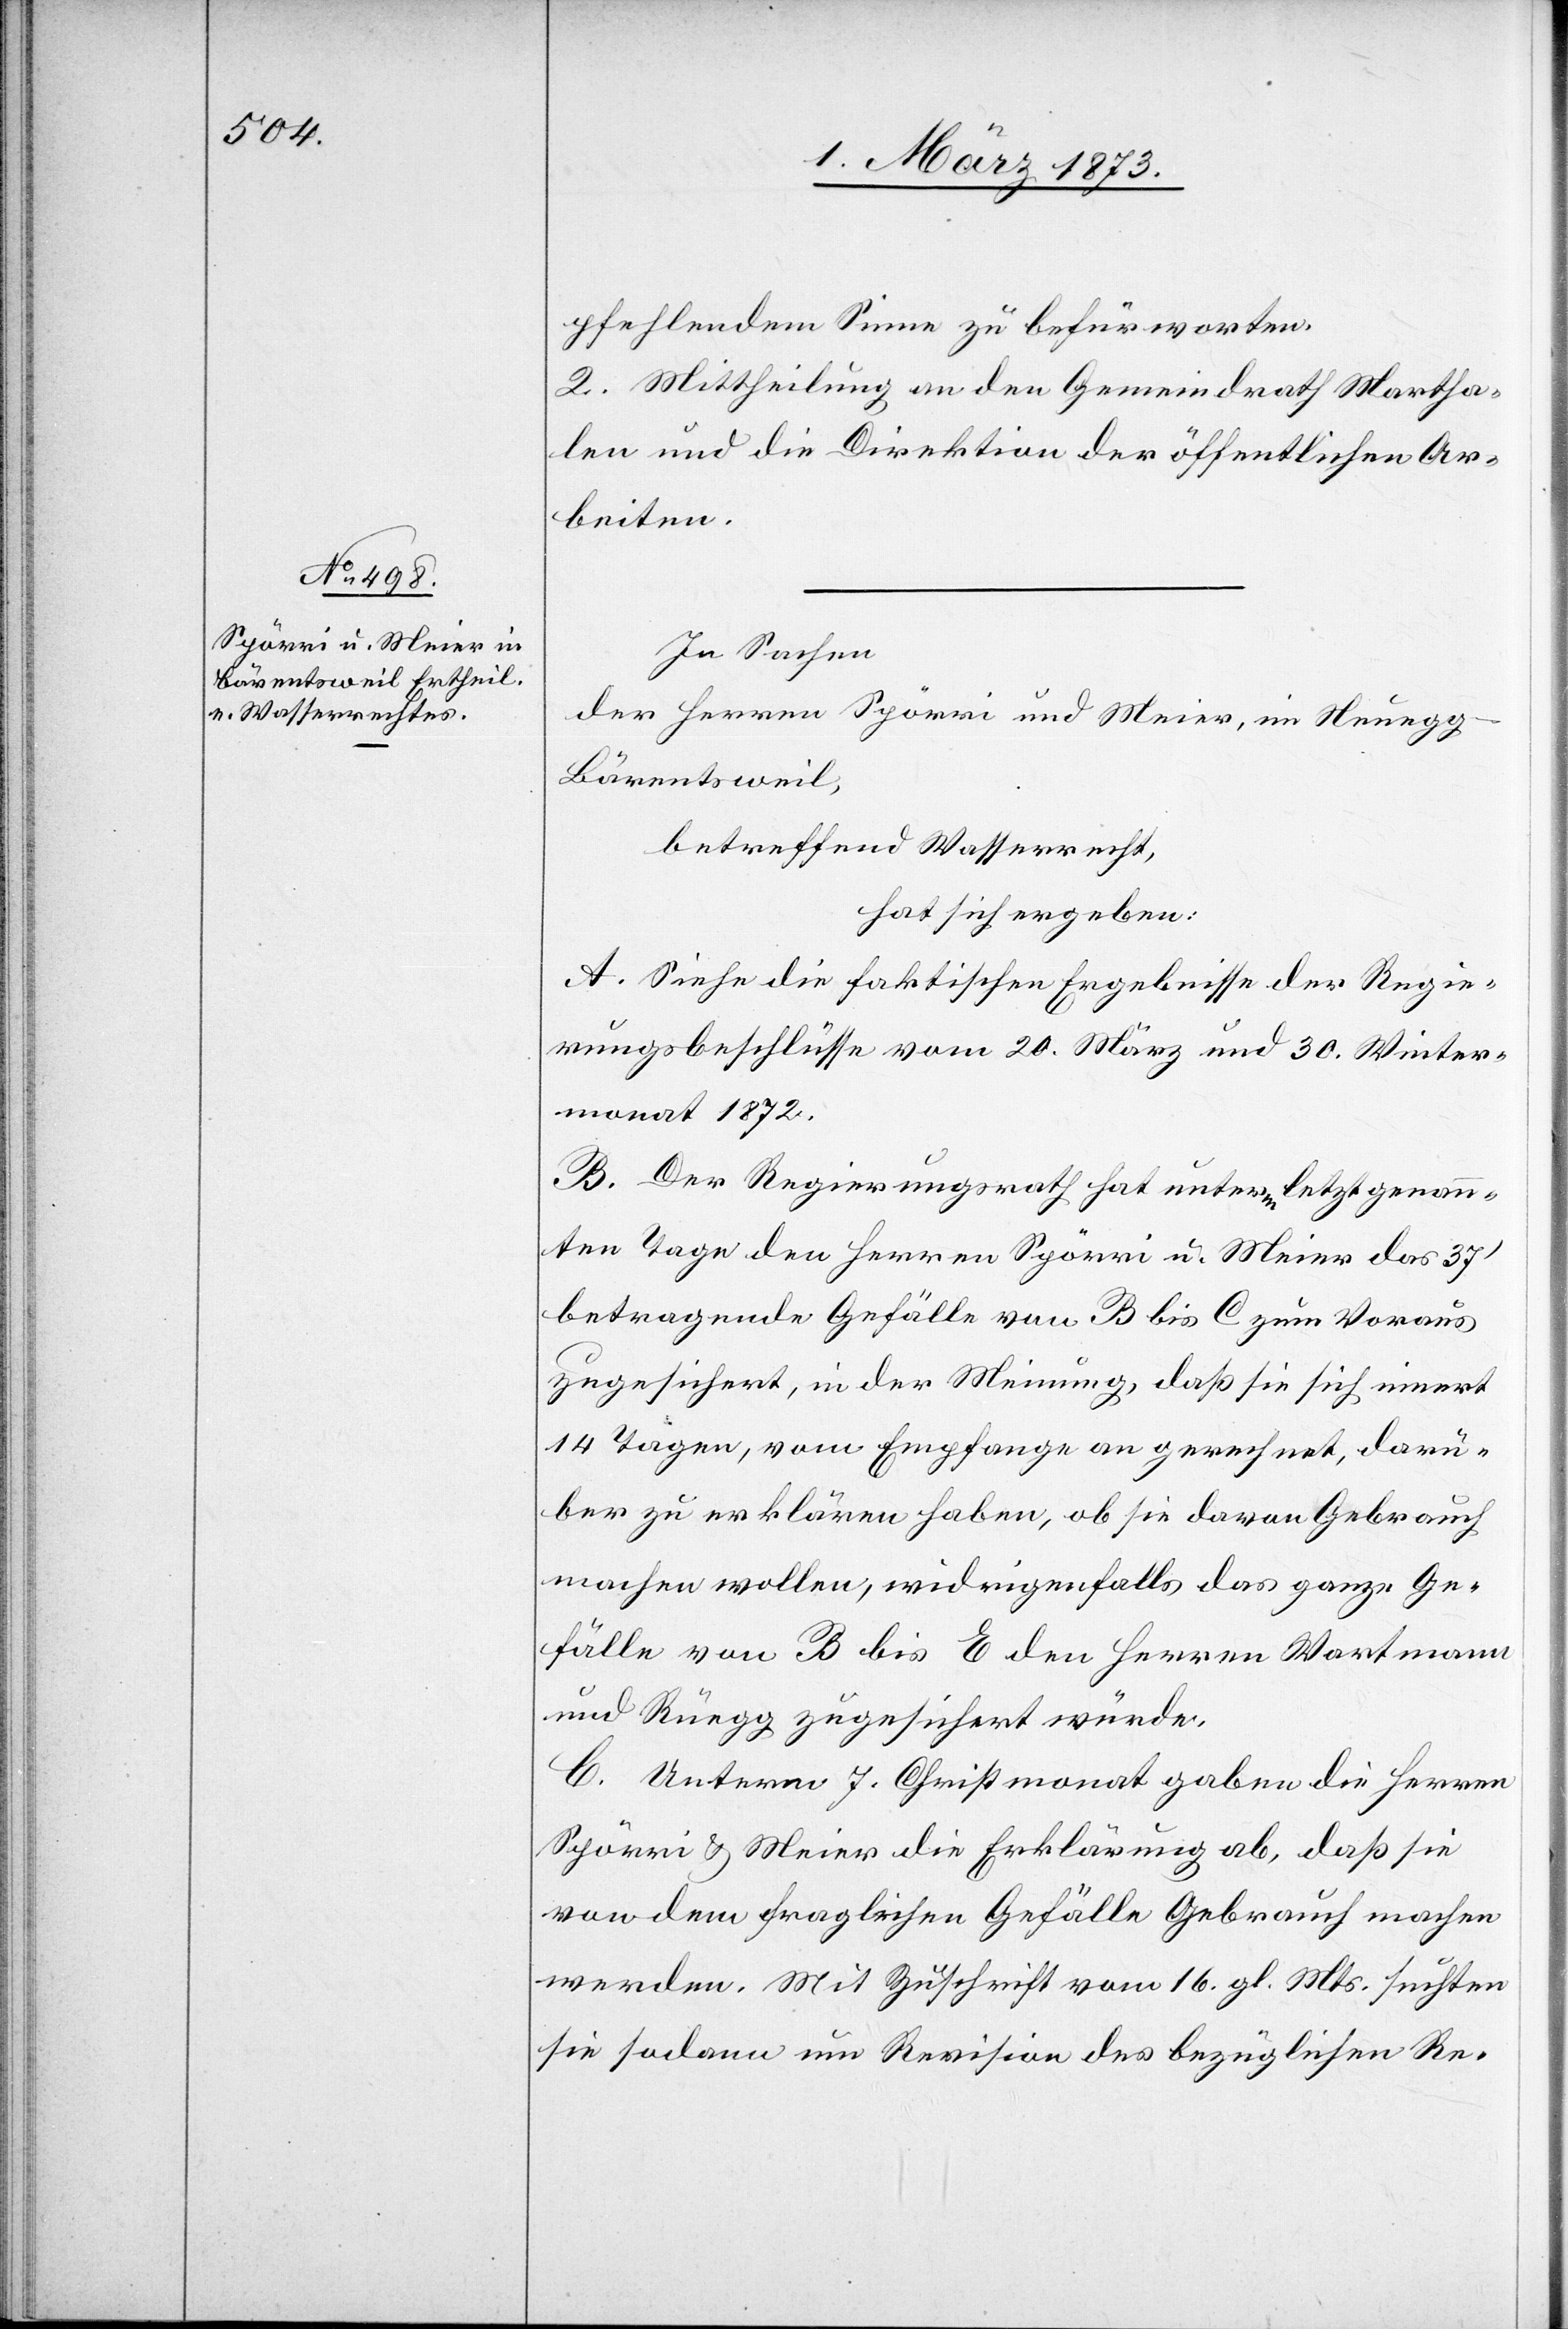
pfehlendem Sinne zu befürworten.
2. Mittheilung an den Gemeindrath Martha¬
len und die Direktion der öffentlichen Ar¬
beiten.
In Sachen
der Herren Spörri und Meier, in Neueg¬
g-Bärentsweil,
betreffend Wasserrecht,
hat sich ergeben:
A. Siehe die faktischen Ergebnisse der Regie¬
rungsbeschlüsse vom 20. März und 30. Winter¬
monat 1872.
B. Der Regierungsrath hat unterm letztgenann¬
ten Tage den Herren Spörri u. Meier das 37’
betragende Gefälle von B bis C zum Voraus
zugesichert, in der Meinung, daß sie sich innert
14 Tagen, vom Empfange an gerechnet, darü¬
ber zu erklären haben, ob sie davon Gebrauch
machen wollen, widrigenfalls das ganze Ge¬
fälle von B bis E den Herren Wartmann
und Rüegg zugesichert würde.
C. Unterm 7. Christmonat gaben die Herren
Spörri u. Meier die Erklärung ab, daß sie
von dem fraglichen Gefälle Gebrauch machen
werden. Mit Zuschrift vom 16. gl. Mts. suchten
sie sodann um Revision des bezüglichen Re-